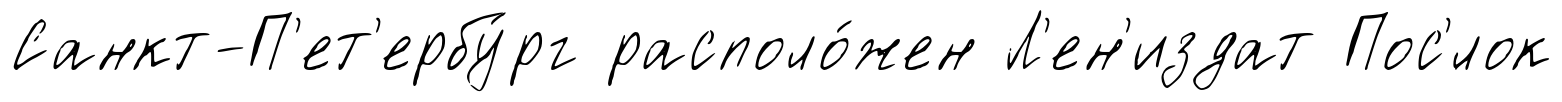
Санкт-П'ет'ербу́рг располо́жен Л'ен'издат Пос'́лок